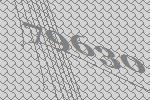
79630